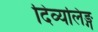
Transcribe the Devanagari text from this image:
दिव्यलिङ्ग